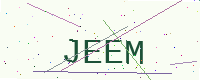
Text: JEEM